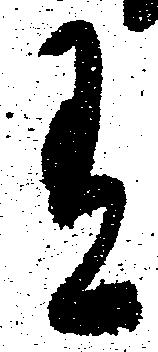
有